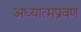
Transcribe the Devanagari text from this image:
अध्यात्मप्रवण